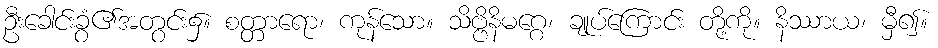
ဦးခေါင်းခွံ၏အတွင်း၌။ စတ္တာရော၊ ကုန်သော။ သိဗ္ဗိနိမဂ္ဂေ၊ ချုပ်ကြောင်း တို့ကို။ နိဿာယ၊ မှီ၍။